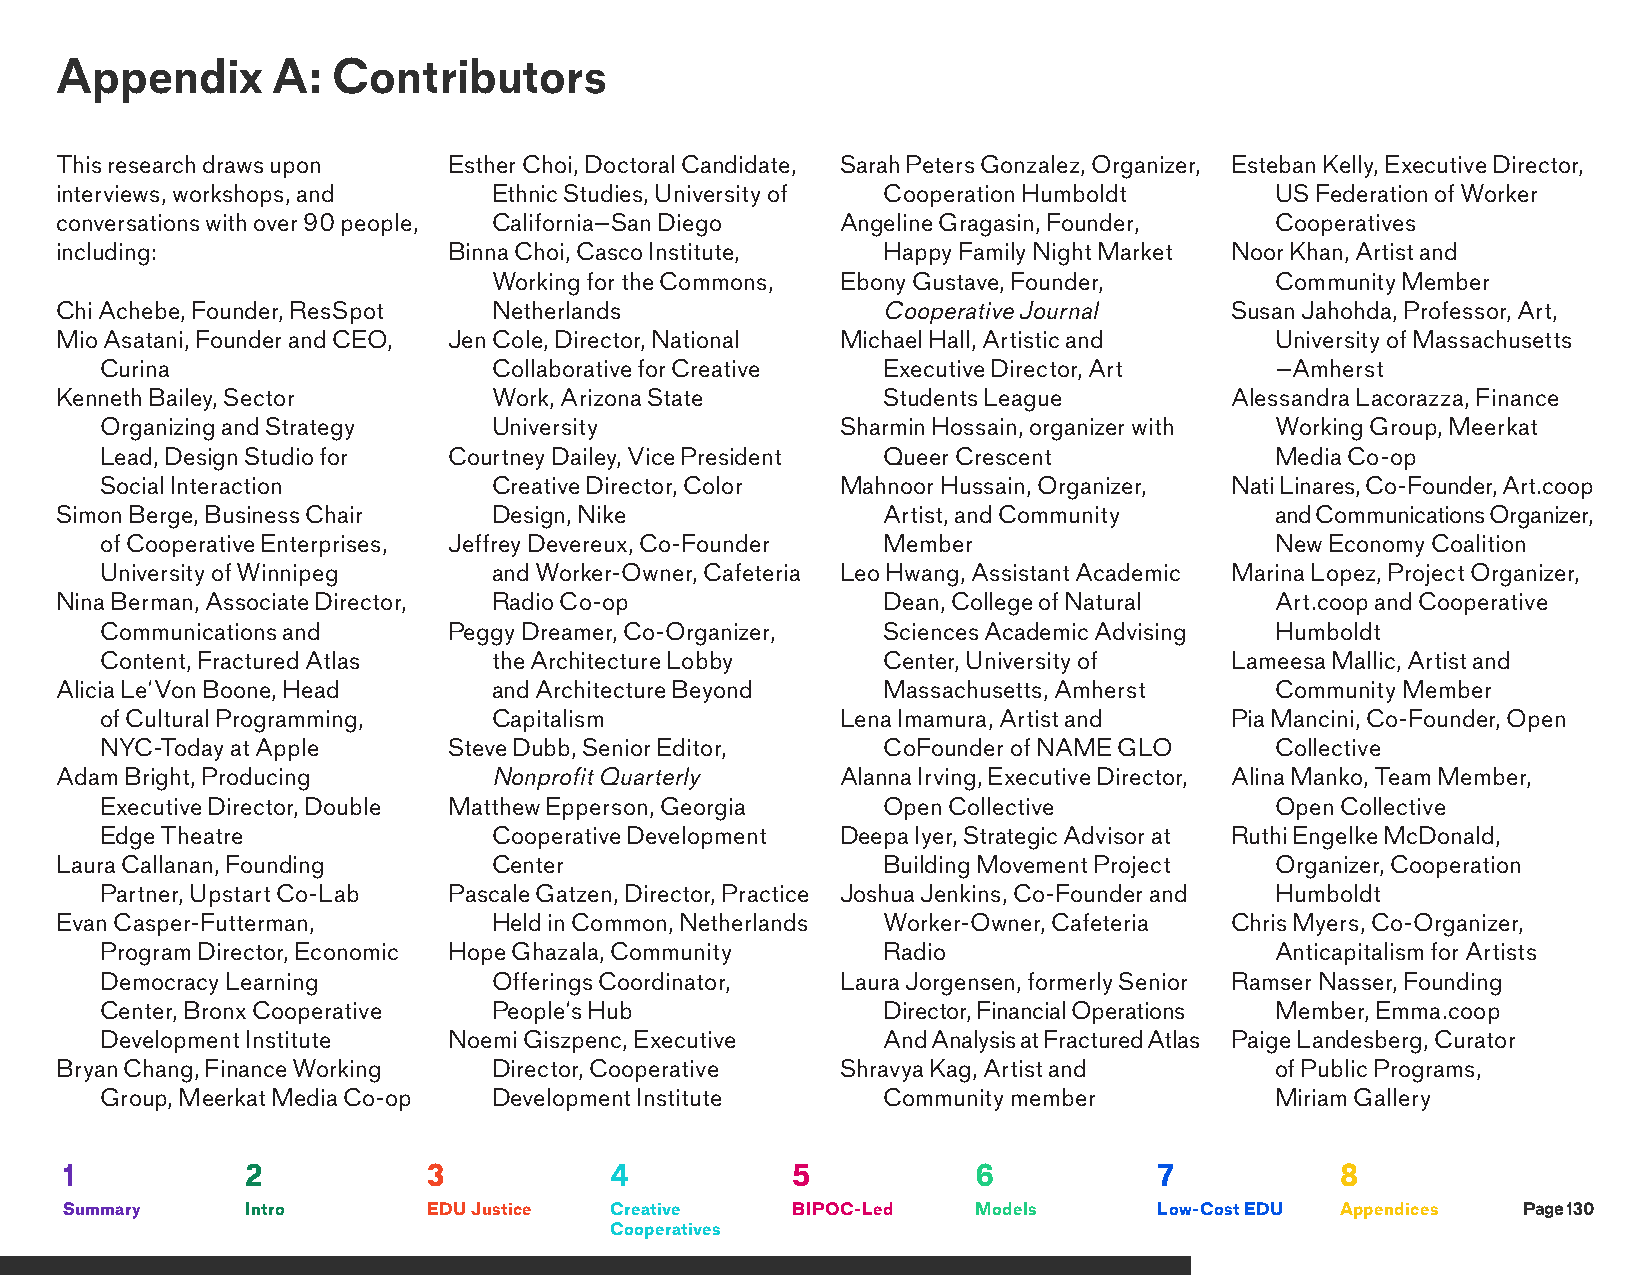
Appendix      A:  Contributors
 This research draws upon  Esther Choi, Doctoral Candidate, Sarah Peters Gonzalez, Organizer, Esteban Kelly, Executive Director,
 interviews, workshops, and   Ethnic Studies, University of Cooperation Humboldt US Federation of Worker
 conversations with over 90 people, California–San Diego Angeline Gragasin, Founder, Cooperatives
 including:                Binna Choi, Casco Institute, Happy Family Night Market Noor Khan, Artist and
 Working for the Commons, Ebony Gustave, Founder,   Community Member
 Chi Achebe, Founder, ResSpot Netherlands              Cooperative Journal    Susan Jahohda, Professor, Art,
 Mio Asatani, Founder and CEO, Jen Cole, Director, National Michael Hall, Artistic and University of Massachusetts
 Curina                    Collaborative for Creative Executive Director, Art –Amherst
 Kenneth Bailey, Sector       Work, Arizona State      Students League        Alessandra Lacorazza, Finance
 Organizing and Strategy   University             Sharmin Hossain, organizer with Working Group, Meerkat
 Lead, Design Studio for Courtney Dailey, Vice President Queer Crescent       Media Co-op
 Social Interaction        Creative Director, Color Mahnoor Hussain, Organizer, Nati Linares, Co-Founder, Art.coop
 Simon Berge, Business Chair  Design, Nike             Artist, and Community     and Communications Organizer,
 of Cooperative Enterprises, Jeffrey Devereux, Co-Founder Member              New Economy Coalition
 University of Winnipeg    and Worker-Owner, Cafeteria Leo Hwang, Assistant Academic Marina Lopez, Project Organizer,
 Nina Berman, Associate Director, Radio Co-op          Dean, College of Natural  Art.coop and Cooperative
 Communications and     Peggy Dreamer, Co-Organizer, Sciences Academic Advising Humboldt
 Content, Fractured Atlas  the Architecture Lobby   Center, University of  Lameesa Mallic, Artist and
 Alicia Le’Von Boone, Head    and Architecture Beyond  Massachusetts, Amherst    Community Member
 of Cultural Programming,  Capitalism             Lena Imamura, Artist and Pia Mancini, Co-Founder, Open
 NYC-Today at Apple     Steve Dubb, Senior Editor,  CoFounder of NAME GLO     Collective
 Adam Bright, Producing      Nonprofit Quarterly     Alanna Irving, Executive Director, Alina Manko, Team Member,
 Executive Director, Double Matthew Epperson, Georgia Open Collective         Open Collective
 Edge Theatre              Cooperative Development Deepa Iyer, Strategic Advisor at Ruthi Engelke McDonald,
 Laura Callanan, Founding     Center                   Building Movement Project Organizer, Cooperation
 Partner, Upstart Co-Lab Pascale Gatzen, Director, Practice Joshua Jenkins, Co-Founder and Humboldt
 Evan Casper-Futterman,       Held in Common, Netherlands Worker-Owner, Cafeteria Chris Myers, Co-Organizer,
 Program Director, Economic Hope Ghazala, Community Radio                     Anticapitalism for Artists
 Democracy Learning        Offerings Coordinator, Laura Jorgensen, formerly Senior Ramser Nasser, Founding
 Center, Bronx Cooperative People’s Hub             Director, Financial Operations Member, Emma.coop
 Development Institute  Noemi Giszpenc, Executive   And Analysis at Fractured Atlas Paige Landesberg, Curator
 Bryan Chang, Finance Working Director, Cooperative  Shravya Kag, Artist and     of Public Programs,
 Group, Meerkat Media Co-op Development Institute   Community member          Miriam Gallery
 1           2           3           4           5            6           7           8
 Summary     Intro       EDU Justice Creative    BIPOC-Led    Models      Low-Cost EDU Appendices Page 130
 Cooperatives